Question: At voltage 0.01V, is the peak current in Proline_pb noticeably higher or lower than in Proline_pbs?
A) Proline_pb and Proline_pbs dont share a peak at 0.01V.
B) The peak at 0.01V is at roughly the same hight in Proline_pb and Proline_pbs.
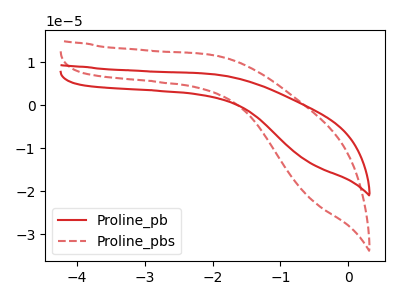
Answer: <think>The red curve "Proline_pb" has no peaks. The red dashed curve "Proline_pbs" has no peaks.</think>
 <answer>A) "Proline_pb" and "Proline_pbs" dont share a peak at 0.01V.</answer>
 <eval>A</eval>